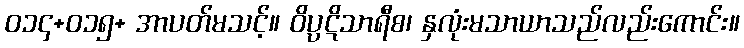
ဝ၁၄+၀၁၅+ အာပတ်မသင့်။ ဝိပ္ပဋိသာရီစ၊ နှလုံးမသာယာသည်လည်းကောင်း။